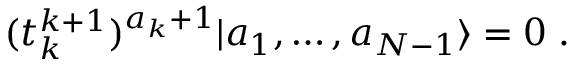
( t _ { k } ^ { k + 1 } ) ^ { a _ { k } + 1 } | a _ { 1 } , \ldots , a _ { N - 1 } \rangle = 0 \; .